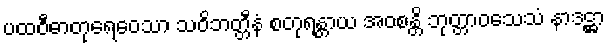
ပထဝီဓာတုရေဝေသာ သဝိဘတ္တီနံ စတုရန္တာယ အဝစန္တိ ဘုတ္တာဝသေသံ နာဒဋ္ဌာ